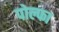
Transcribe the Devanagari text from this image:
पोल्फा